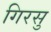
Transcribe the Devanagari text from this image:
गिरसु